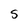
Character: S